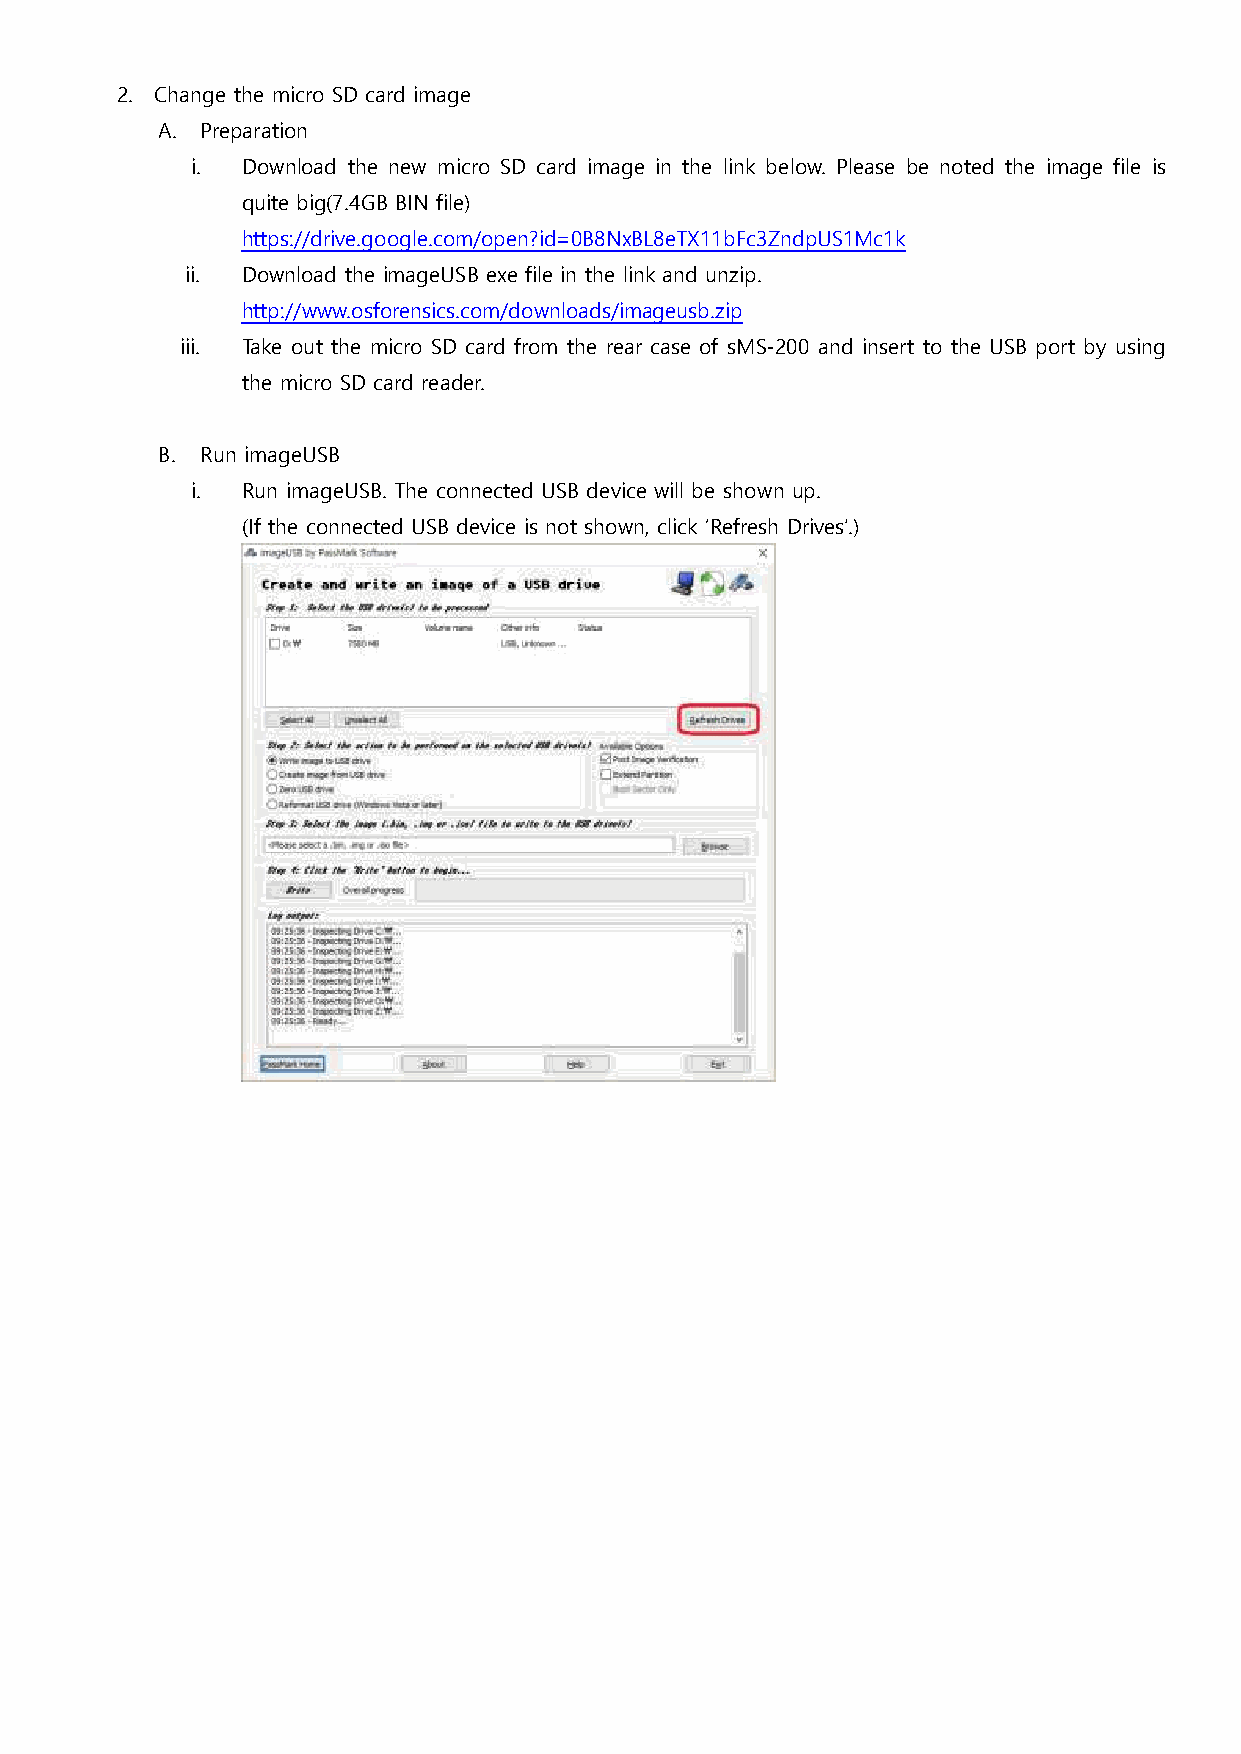
2. Change the micro SD card image
 A. Preparation
 i. Download the new micro SD card image in the link below. Please be noted the image file is
 quite big(7.4GB BIN file)
 https://drive.google.com/open?id=0B8NxBL8eTX11bFc3ZndpUS1Mc1k
 ii. Download the imageUSB exe file in the link and unzip.
 http://www.osforensics.com/downloads/imageusb.zip
 iii. Take out the micro SD card from the rear case of sMS-200 and insert to the USB port by using
 the micro SD card reader.
 B. Run imageUSB
 i. Run imageUSB. The connected USB device will be shown up.
 (If the connected USB device is not shown, click ‘Refresh Drives’.)